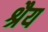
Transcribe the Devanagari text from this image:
श्रैय